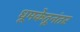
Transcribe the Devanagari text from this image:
धूमकेतूनंतर